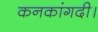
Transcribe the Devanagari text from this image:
कनकांगदी।